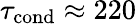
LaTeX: \tau_{\mathrm{cond}}\approx 220